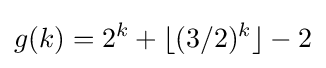
g(k)=2^{k}+\lfloor (3/2)^{k}\rfloor -2